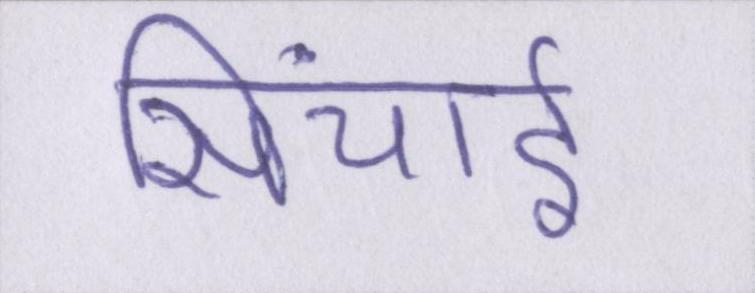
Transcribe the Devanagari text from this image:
सिंचाई